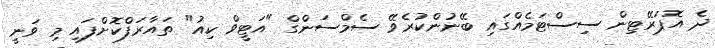
ދެ އޮޕަރޭޓިން ސިސްޓަމެއްގައި ބޭނުންކުރެވޭ ސެމްސަންގް "އަޓީވް ކިއު" ތައާރަފްކޮށްފައި މި ވަނީ